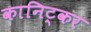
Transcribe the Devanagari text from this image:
कानिट्कर